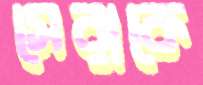
সেরাকে